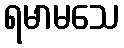
ရမာမသေ